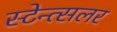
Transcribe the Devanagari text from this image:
स्टेन्त्सलर